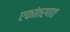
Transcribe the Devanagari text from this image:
एकांतरणत